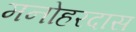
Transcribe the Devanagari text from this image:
मनोहरदास